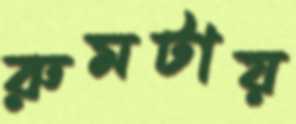
রুমটায়